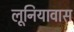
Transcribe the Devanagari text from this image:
लूनियावास